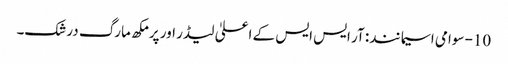
10- سوامی اسیما نند: آر ایس ایس کے اعلیٰ لیڈر اور پرمکھ مارگ درشک۔